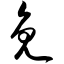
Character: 免